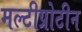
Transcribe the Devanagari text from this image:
मल्टीप्रोटीन